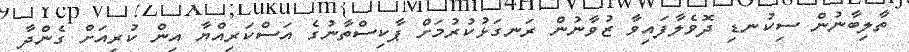
ތާލިބާނުން ސިކުނޑި ދޮވެލާފައިވާ ޒުވާނުން ރަނގަޅުކުރުމަށް ޕާކިސްތާނުގެ އަސްކަރިއްޔާ އިން ކުރިއަށް ގެންދާ